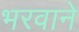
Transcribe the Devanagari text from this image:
भरवाने